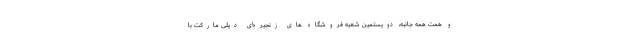
و همت همه جانبه، دویستمین شعبه فروشگاه ‌های زنجیره‌ای دیلی مارکت با